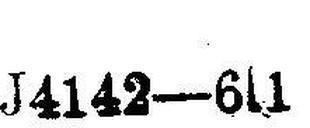
J4142—6s1